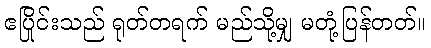
ဧပြိုင်းသည် ရုတ်တရက် မည်သို့မျှ မတုံ့ပြန်တတ်။